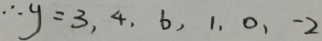
\therefore y = 3 , 4 , 6 , 1 , 0 , - 2